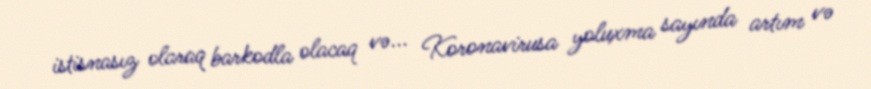
istisnasız olaraq barkodla olacaq və... Koronavirusa yoluxma sayında artım və